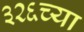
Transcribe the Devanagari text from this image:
३२६च्या